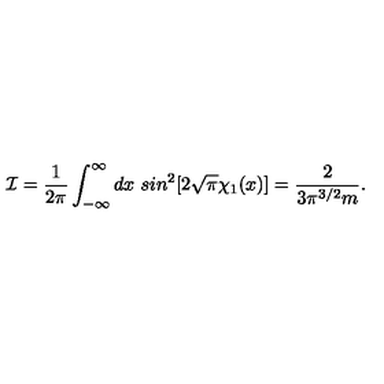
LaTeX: { \cal I } = \frac { 1 } { 2 \pi } \int _ { - \infty } ^ { \infty } d x \ s i n ^ { 2 } [ 2 \sqrt { \pi } \chi _ { 1 } ( x ) ] = \frac { 2 } { 3 \pi ^ { 3 / 2 } m } .